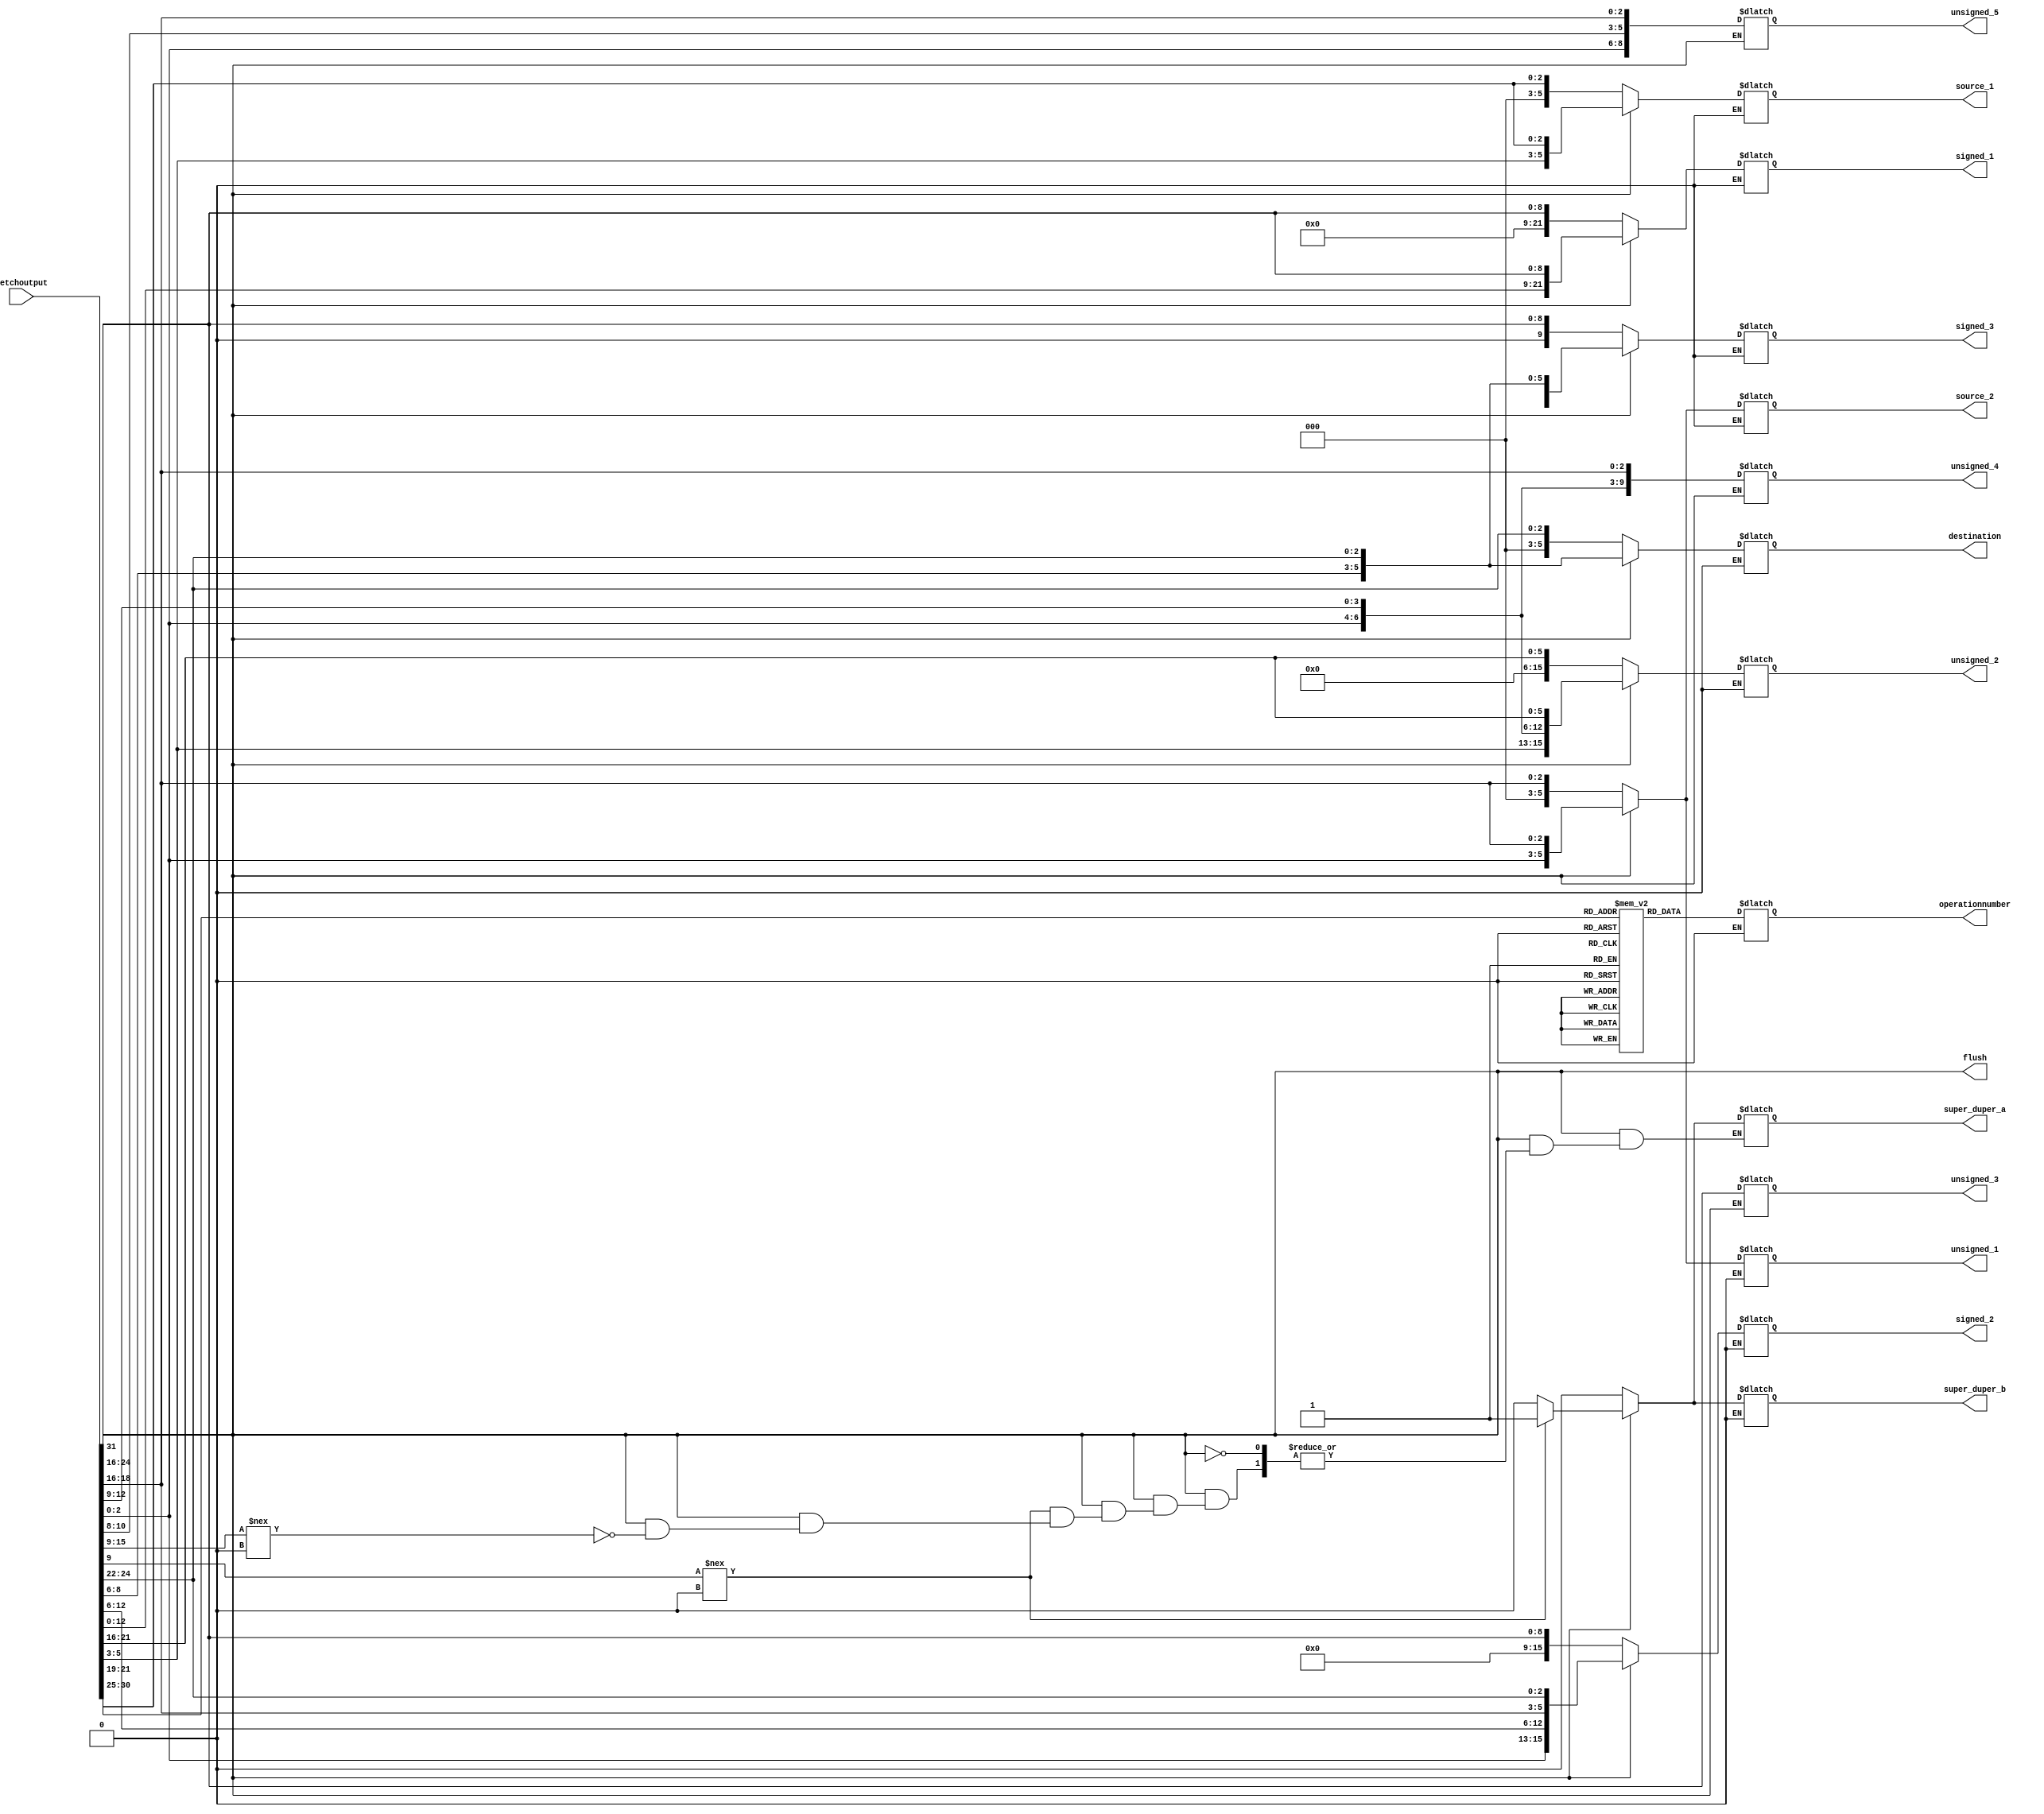
module decoder(	fetchoutput,
				destination, 
				operationnumber, 
				source_1, 
				source_2, 
				unsigned_1, 
				unsigned_2, 
				unsigned_3,
				unsigned_4,
				unsigned_5,
				signed_1,
				signed_2,
				signed_3,
				flush,
				super_duper_a,
				super_duper_b
				);

//	Inputs & Putputs //

	output [05:00]destination;

	output [05:00]operationnumber;

	output [05:00]source_1;
	output [05:00]source_2;

	output [05:00]unsigned_1;
	output [15:00]unsigned_2;
	output [08:00]unsigned_3;
	output [09:00]unsigned_4;
	output [08:00]unsigned_5;

	output [21:00]signed_1;
	output [15:00]signed_2;
	output [09:00]signed_3;

	output super_duper_a;
	output super_duper_b;

	output flush;

	input [31:00]fetchoutput;

	

	

// Registers //	
	reg [05:00] opcode;
	reg         operation;
	reg [05:00] destination;
	reg [05:00] source_1;
	reg [05:00] source_2;
	reg [05:00] unsigned_1;
	reg [15:00] unsigned_2;
	reg [08:00] unsigned_3;
	reg [09:00]	unsigned_4;
	reg [08:00] unsigned_5;
	reg [05:00] operationnumber;
	reg [05:00] opcodemem [125:000];
	reg [21:00] signed_1;
	reg [15:00] signed_2;
	reg [09:00] signed_3;

	reg super_duper_a; // used for 32 bit instructions that cannot be different using operation number alone
	reg super_duper_b;
	
		

// Wire Declarations //

	wire [31:00] 	fetchoutput;
	wire         	bit_check;
	wire 			flush;

///////////////////////////////////
	
	assign bit_check 	= 	fetchoutput[31];
	assign flush 		= 	bit_check;  
	
/*	fetchoutput[01:07] = opcode; */
	
	always @(fetchoutput) begin
			
			  
		if (bit_check == 0) begin				
			opcode      		= fetchoutput 	[30:25];	
			destination		 	= fetchoutput 	[24:22];
			source_1    		= fetchoutput 	[21:19];
			source_2    		= fetchoutput 	[18:16];
			unsigned_1  		= fetchoutput 	[18:16];
			unsigned_2  		= fetchoutput 	[21:16];
			unsigned_3  		= fetchoutput 	[24:16];
			signed_1			= fetchoutput 	[24:16];
			signed_2			= fetchoutput 	[24:16];
			signed_3			= fetchoutput	[24:16];
			operationnumber		= opcodemem		[opcode];
			super_duper_a = 0;
			super_duper_b = 0;
		end	
	

		else if (bit_check == 1) begin	

			destination[02:00]	= fetchoutput	[24:22];
			destination[05:03]  = fetchoutput	[08:06];
			source_1[02:00]		= fetchoutput 	[21:19];
			source_1[05:03]		= fetchoutput	[05:03];
			source_2[02:00]		= fetchoutput 	[18:16];
			source_2[05:03]		= fetchoutput 	[02:00];
			unsigned_1[02:00]	= fetchoutput	[18:16];
			unsigned_1[05:03]	= fetchoutput	[02:00];
			unsigned_2[05:00]	= fetchoutput	[21:16];
			unsigned_2[09:06]	= fetchoutput	[12:09];
			unsigned_2[15:10]	= fetchoutput	[05:00];
			unsigned_4[02:00]	= fetchoutput	[18:16];
			unsigned_4[06:03]	= fetchoutput	[12:09];
			unsigned_4[09:07]	= fetchoutput	[02:00];
			unsigned_5[02:00]	= fetchoutput	[18:16];
			unsigned_5[05:03]	= fetchoutput	[12:08];
			unsigned_5[08:06]	= fetchoutput	[02:00];
			signed_1[08:00]		= fetchoutput	[24:16];
			signed_1[21:09]		= fetchoutput	[12:00];
			signed_2[02:00]		= fetchoutput	[24:22];
			signed_2[05:03]		= fetchoutput	[18:16];
			signed_2[12:06]		= fetchoutput	[12:06];
			signed_2[15:13]		= fetchoutput	[02:00];
			signed_3[02:00]		= fetchoutput	[24:22];
			signed_3[09:03]		= fetchoutput	[12:06];
			opcode      		= fetchoutput 	[30:25];
			operationnumber		= opcodemem		[opcode];

			if (fetchoutput[15:09] !== 0) begin 	// for 32 bit commands that have the same operation code but extra criteria
				super_duper_a = 1;		
			end
			if (fetchoutput[9] !== 0) begin 		// for the b_itwise commands that need to be different
				super_duper_b = 1;
			end
			else begin
				super_duper_a = 0;
				super_duper_b = 0;
			end

		end
		
	end							

endmodule